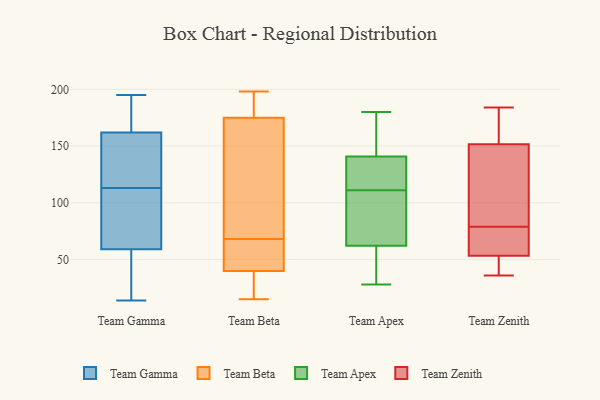
{"axis": {"x": "Customer Acquisition Cost (USD)", "y": "Value"}, "legend": ["Team Apex", "Team Beta", "Team Gamma", "Team Zenith"], "data": [{"x": "", "y": 65, "type": "Team Gamma"}, {"x": "", "y": 168, "type": "Team Gamma"}, {"x": "", "y": 113, "type": "Team Gamma"}, {"x": "", "y": 120, "type": "Team Gamma"}, {"x": "", "y": 189, "type": "Team Gamma"}, {"x": "", "y": 123, "type": "Team Gamma"}, {"x": "", "y": 87, "type": "Team Gamma"}, {"x": "", "y": 59, "type": "Team Gamma"}, {"x": "", "y": 160, "type": "Team Gamma"}, {"x": "", "y": 59, "type": "Team Gamma"}, {"x": "", "y": 195, "type": "Team Gamma"}, {"x": "", "y": 14, "type": "Team Gamma"}, {"x": "", "y": 36, "type": "Team Gamma"}, {"x": "", "y": 155, "type": "Team Beta"}, {"x": "", "y": 198, "type": "Team Beta"}, {"x": "", "y": 185, "type": "Team Beta"}, {"x": "", "y": 176, "type": "Team Beta"}, {"x": "", "y": 44, "type": "Team Beta"}, {"x": "", "y": 22, "type": "Team Beta"}, {"x": "", "y": 160, "type": "Team Beta"}, {"x": "", "y": 50, "type": "Team Beta"}, {"x": "", "y": 64, "type": "Team Beta"}, {"x": "", "y": 15, "type": "Team Beta"}, {"x": "", "y": 40, "type": "Team Beta"}, {"x": "", "y": 175, "type": "Team Beta"}, {"x": "", "y": 28, "type": "Team Beta"}, {"x": "", "y": 72, "type": "Team Beta"}, {"x": "", "y": 37, "type": "Team Apex"}, {"x": "", "y": 37, "type": "Team Apex"}, {"x": "", "y": 98, "type": "Team Apex"}, {"x": "", "y": 130, "type": "Team Apex"}, {"x": "", "y": 28, "type": "Team Apex"}, {"x": "", "y": 111, "type": "Team Apex"}, {"x": "", "y": 103, "type": "Team Apex"}, {"x": "", "y": 90, "type": "Team Apex"}, {"x": "", "y": 140, "type": "Team Apex"}, {"x": "", "y": 180, "type": "Team Apex"}, {"x": "", "y": 141, "type": "Team Apex"}, {"x": "", "y": 150, "type": "Team Apex"}, {"x": "", "y": 172, "type": "Team Apex"}, {"x": "", "y": 53, "type": "Team Apex"}, {"x": "", "y": 138, "type": "Team Apex"}, {"x": "", "y": 38, "type": "Team Zenith"}, {"x": "", "y": 156, "type": "Team Zenith"}, {"x": "", "y": 156, "type": "Team Zenith"}, {"x": "", "y": 74, "type": "Team Zenith"}, {"x": "", "y": 97, "type": "Team Zenith"}, {"x": "", "y": 184, "type": "Team Zenith"}, {"x": "", "y": 79, "type": "Team Zenith"}, {"x": "", "y": 138, "type": "Team Zenith"}, {"x": "", "y": 63, "type": "Team Zenith"}, {"x": "", "y": 36, "type": "Team Zenith"}, {"x": "", "y": 50, "type": "Team Zenith"}]}